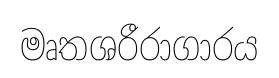
මෘතශරීරාගාරය